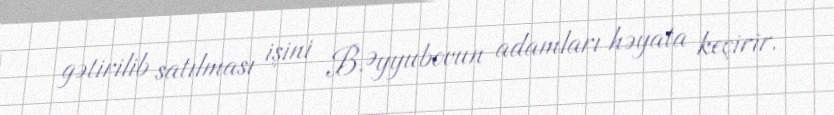
gətirilib satılması işini B.Əyyubovun adamları həyata keçirir.